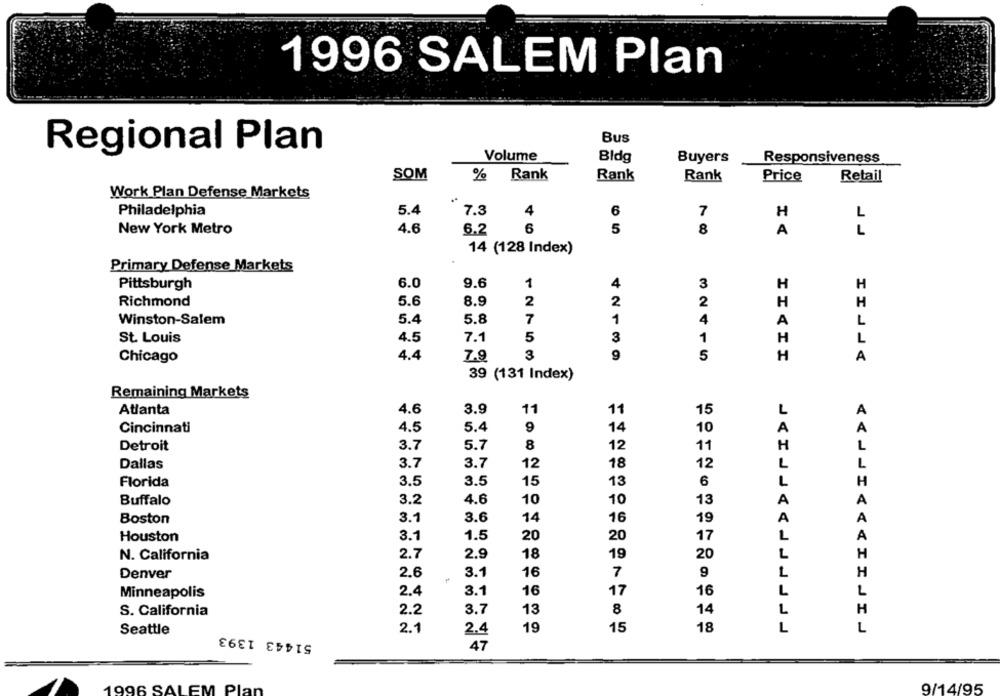
1996 SALEM Plan
Bus
Regional Plan
Volume
Bldg
Buyers
Responsiveness
SOM
%
Rank
Rank
Rank
Price
Retail
Work Plan Defense Markets
Philadelphia
5.4
7.3
4
6
7
H
L
New York Metro
4.6
6.2
6
5
8
A
L
14 (128 Index)
Primary Defense Markets
Pittsburgh
6.0
9.6
1
4
3
H
H
Richmond
5.6
8.9
2
2
2
H
H
5.4
5.8
7
1
4
Winston-Salem
A
L
St. Louis
4.5
7.1
5
3
1
H
L
9
Chicago
4.4
7.9
3
5
H
A
39 (131 Index)
Remaining Markets
Atlanta
4.6
3.9
11
11
L
A
15
Cincinnati
4.5
5.4
9
14
10
A
5.7
8
12
L
Detroit
3.7
11
H
Dallas
3.7
3.7
12
18
12
L
L
Florida
3.5
3.5
15
13
6
L
H
3.2
4.6
10
10
13
A
Buffalo
A
Boston
3.1
3.6
14
16
19
A
A
3.1
1.5
20
17
A
Houston
20
L
N. California
2.7
2.9
18
19
20
L
H
Denver
2.6
3.1
16
7
9
L
H
2.4
3.1
16
17
L
Minneapolis
16
L
S. California
2.2
3.7
13
8
14
L
H
Seattle
51443 1393
2.1
2.4
19
15
18
L
L
47
9/14/95
1996 SALEM Plan